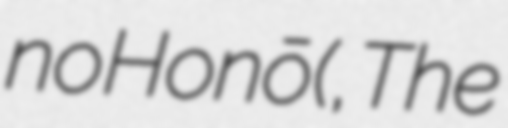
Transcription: no Honō (青の炎, The